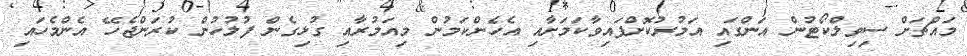
މައްޗަށް ސިވިލްކޯޓުން އަންގައި އަމުރުކޮށްފައިވާކަމަށާއި އެހެންކަމުން މިއަމުރާއި ގުޅިގެން ފުލުހުން ކުރަންޖެހޭ އެންމެހައި